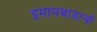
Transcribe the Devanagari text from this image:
इमामबाडाची